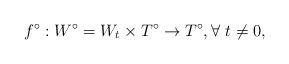
LaTeX: \begin{align*}f^\circ: W^\circ = W_t \times T^\circ \rightarrow T^\circ, \forall~ t\neq 0,\end{align*}